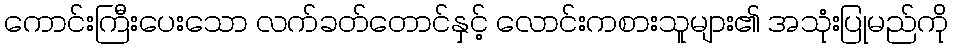
ကောင်းကြီးပေးသော လက်ခတ်တောင်နှင့် လောင်းကစားသူများ၏ အသုံးပြုမည်ကို